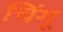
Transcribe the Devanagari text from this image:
चिंगू